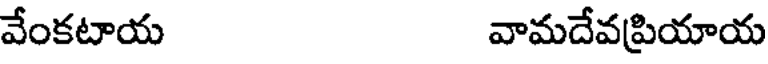
వేంకటాయ వామదేవప్రియాయ